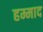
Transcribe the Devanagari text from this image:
हम्माद